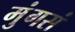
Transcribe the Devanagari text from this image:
मुंगसं